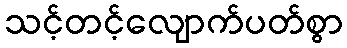
သင့်တင့်လျောက်ပတ်စွာ